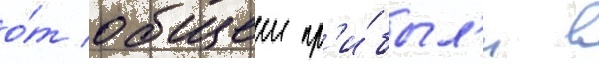
о́т общеи пр'и́был'и в